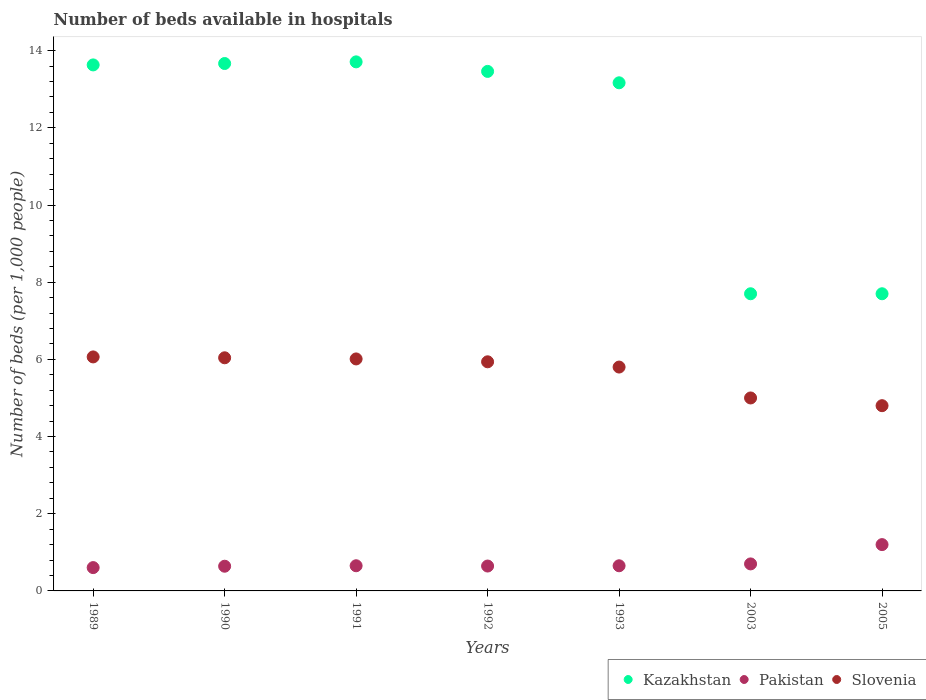
| Years | Kazakhstan | Pakistan | Slovenia |
 | --- | --- | --- | --- |
 | 1989 | 13.6 | 0.604 | 6.06 |
 | 1990 | 13.7 | 0.64 | 6.04 |
 | 1991 | 13.7 | 0.652 | 6.01 |
 | 1992 | 13.5 | 0.645 | 5.94 |
 | 1993 | 13.2 | 0.651 | 5.8 |
 | 2003 | 7.7 | 0.7 | 5 |
 | 2005 | 7.7 | 1.2 | 4.8 |